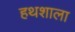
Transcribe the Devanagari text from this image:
हथशाला